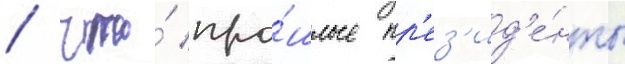
/ что́ про́шлые пр'ез'ид'е́нты